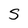
Character: S